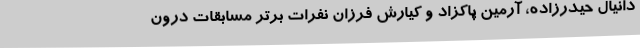
دانیال حیدرزاده، آرمین پاکزاد و کیارش فرزان نفرات برتر مسابقات درون